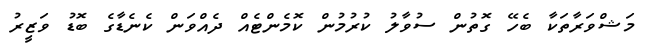
މަޝްވަރާތަކާ ބެހޭ ގޮތުން ސުވާލު ކުރުމުން ކޮމެންޓެއް ދެއްވަން ކެނެޑާގެ ބޮޑު ވަޒީރު